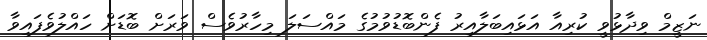
ނަޒީމް ވިދާޅުވީ ކުރިއާ އަޅައިބަލާއިރު ފެންބޮޑުވުމުގެ މައްސަލަ މިހާރުވެސް ވަރަށް ބޮޑަށް ހައްލުވެފައިވާ